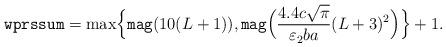
LaTeX: \begin{align*}\texttt{wprssum}=\max\Bigl\{\texttt{mag}(10(L+1)),\texttt{mag}\Bigl(\frac{4.4c\sqrt{\pi}}{\varepsilon_2 b a}(L+3)^2\Bigr)\Bigr\}+1.\end{align*}